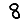
Digit: 8